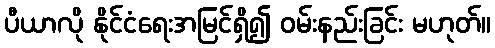
ပီယာလို နိုင်ငံရေးအမြင်ရှိ၍ ဝမ်းနည်းခြင်း မဟုတ်။